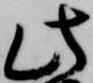
此